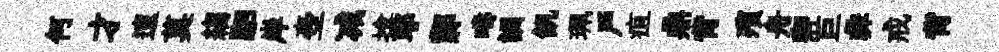
何才邅莫縐駟岸壺减揜耶鄴疇詶飢珮戶疽鼎背殯舟卿巨彜戒背